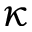
\kappa